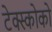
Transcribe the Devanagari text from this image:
टेक्स्कोको